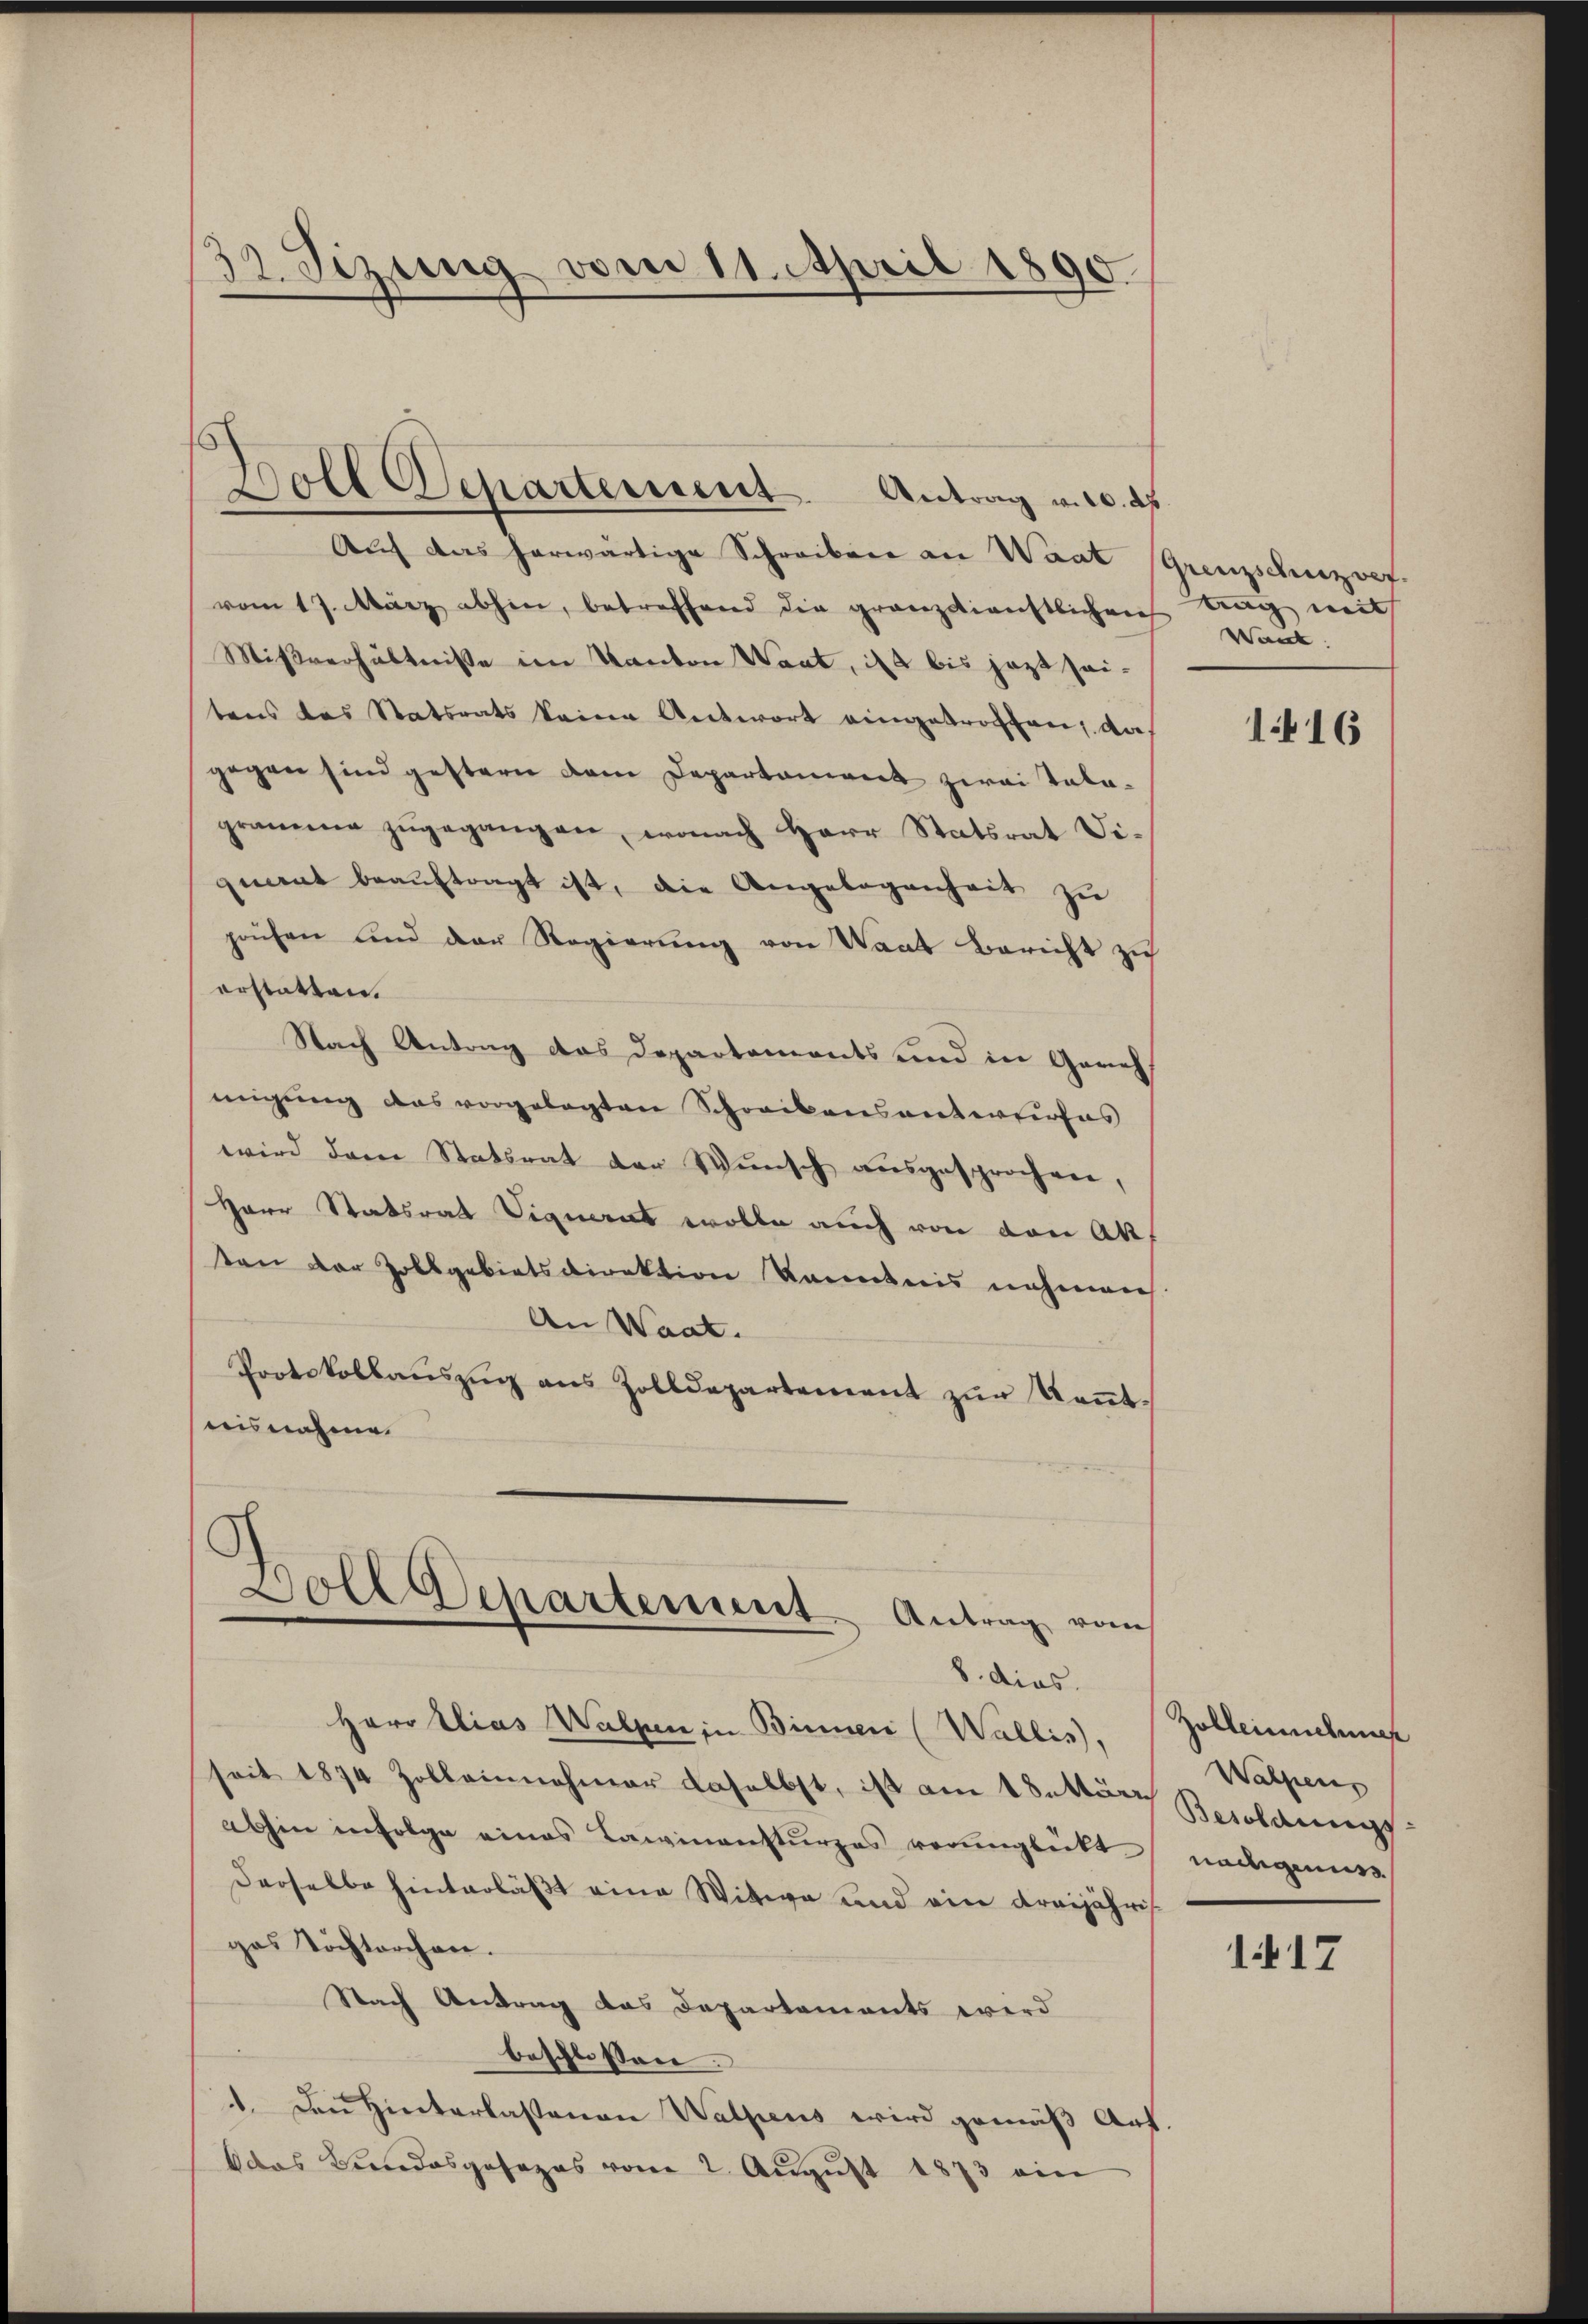
d
12. Sizung vom 11. April 1890.

Auf das herwärtige Schreiben an Waat
vom 17. März abhin, betreffend die granz dienstlichen
Mißverhältnisse im Kanton Waat, ist bis jezt seitens das Statsrats keine Antwort eingetroffen, das
gegen sind gestern dem Departoniert zwai talagramme zugegangen, wonach Herr Statsrat Diquent beaŭftragt ist, die Angelegenheit zu
pachen und der Regierŭng von Saat Bericht zu
erstatten.
Nach Antrag des Departements und in Genehmigung das vorgelegten Schreibensantwurfes
wird dem Statsrat der Wunsch ausgesprochen,
Herr Statsrat Signant wolle auch von den Ak
ten der Zollgebietsdirektion kanntnis nehmen
An Waat.
Pootskollaŭszŭg ans Zolldepartement zŭr Keṅt-
uisnahme.

.
Boll Departement. Antrag v. 6. ds.

8. dies
Herr Elias Walzen in Binner (Wallis,
seit 1874 Zolleinnahmer daselbst, ist am 18. Mär Besoldungs-
abhin infolge eines Lawinensturzes verunglückt
Derselbe hinterläßt eine Witwe und ein Kreijähris
ges Tochtorchen.
Nach Antrag das Departaments wird
beschlossen.
11. Den Hinterlassenen Walpens wird gemäß Auf
das Bundesgesezes vom 2. Aŭgŭst 1873 ein

Soll Departement Antrag vom

¬

Grenzschuzoof.
tag mit
Warck.

1416

Zolleichne
Walpens
nadgen

1417